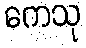
ကေသု